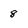
Character: 8